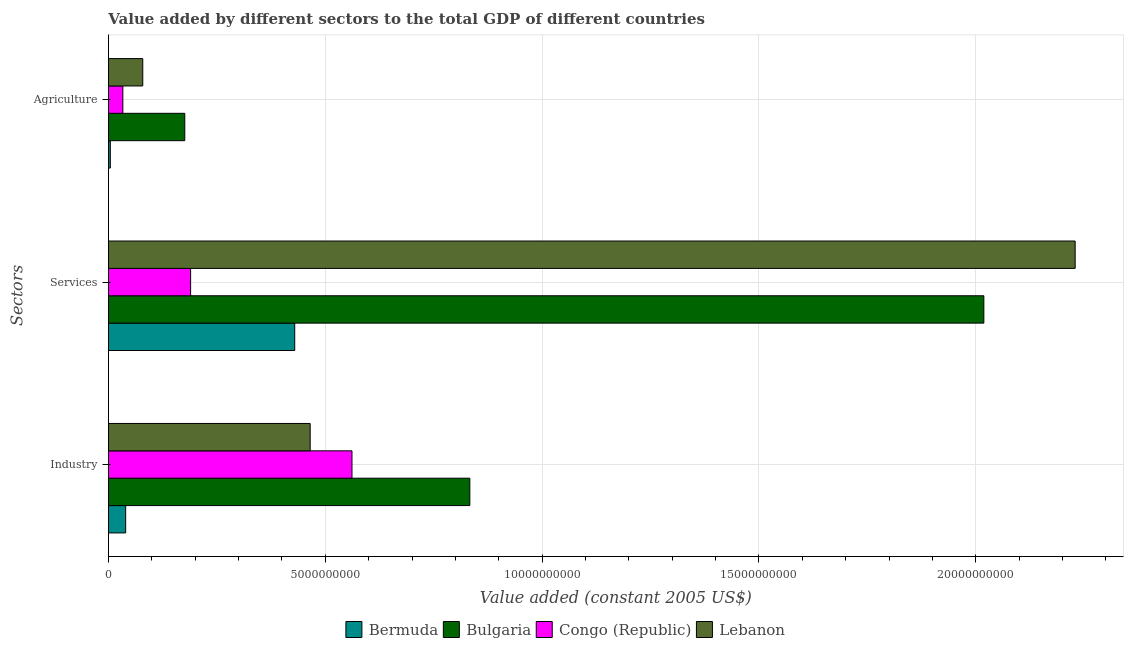
| Sectors | Bermuda | Bulgaria | Congo (Republic) | Lebanon |
 | --- | --- | --- | --- | --- |
 | Industry | 3.98e+08 | 8.33e+09 | 5.62e+09 | 4.65e+09 |
 | Services | 4.3e+09 | 2.02e+10 | 1.89e+09 | 2.23e+10 |
 | Agriculture | 4.38e+07 | 1.76e+09 | 3.32e+08 | 7.92e+08 |